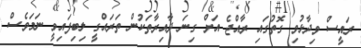
ރައީސް ވިދާޅުވި ގޮތުގައި ރާއްޖެ އަށް ގިނަ ދާއިރާތަކުން ތަރައްގީ ލިބިފައިވީ ނަމަވެސް